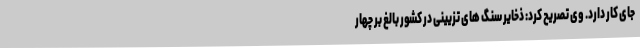
جای کار دارد. وی تصریح کرد: ذخایر سنگ های تزیینی در کشور بالغ بر چهار